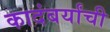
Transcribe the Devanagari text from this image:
कादंबर्यांची